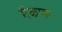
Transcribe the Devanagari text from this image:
मॅकाल